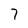
Character: 7